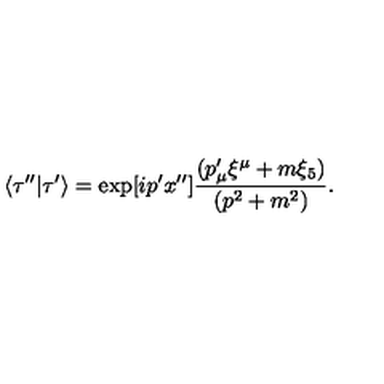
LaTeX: \langle \tau ^ { \prime \prime } | \tau ^ { \prime } \rangle = \exp [ i p ^ { \prime } x ^ { \prime \prime } ] { \frac { ( p _ { \mu } ^ { \prime } \xi ^ { \mu } + m \xi _ { 5 } ) } { ( p ^ { 2 } + m ^ { 2 } ) } } .